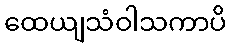
ထေယျသံဝါသကာပိ